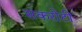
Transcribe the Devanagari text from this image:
सकरोटी